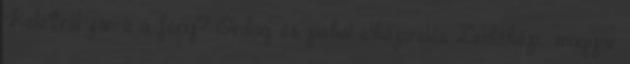
Keletről jön-e a fény? Ördög és pokol elképzelés Zsidókép magyar